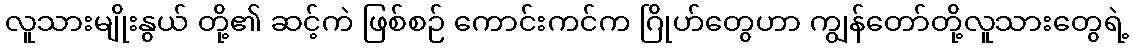
လူသားမျိုးနွယ် တို့၏ ဆင့်ကဲ ဖြစ်စဉ် ကောင်းကင်က ဂြိုဟ်တွေဟာ ကျွန်တော်တို့လူသားတွေရဲ့